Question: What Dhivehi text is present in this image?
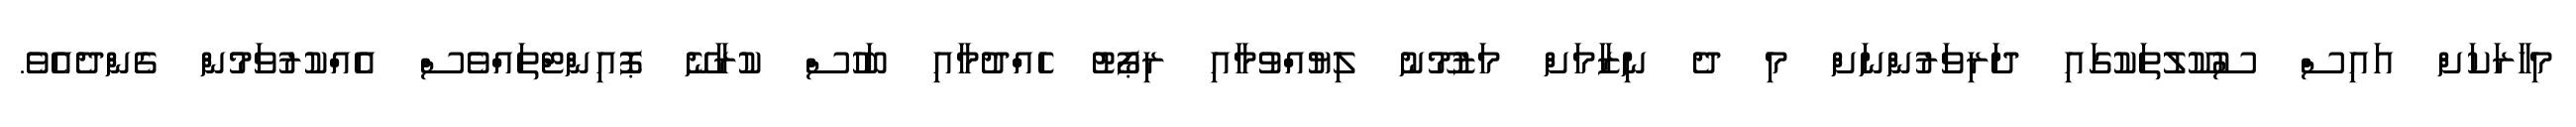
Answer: މިހާރަކަށް އައިސް ސުކޫލުތަކުގައި ދަރިވަރުންނަށް މި ދެ ނިޒާމަށް މަޒުމޫނު ލިޔުއްވުމާއި ރިޕޯޓު ހެއްދުމާއި ބަހުސް ކުރާނޭ ޕޮއިންޓްތައްވެސް އެއްކުރުވަމުން ގެންދެއެވެ.